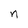
Character: n